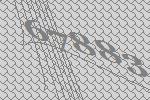
67883